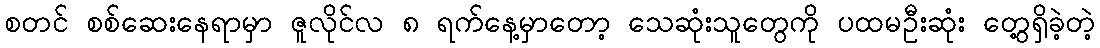
စတင် စစ်ဆေးနေရာမှာ ဇူလိုင်လ ၈ ရက်နေ့မှာတော့ သေဆုံးသူတွေကို ပထမဦးဆုံး တွေ့ရှိခဲ့တဲ့